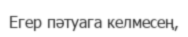
Егер пәтуага келмесең,